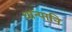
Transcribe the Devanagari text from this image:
धान्यानि